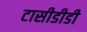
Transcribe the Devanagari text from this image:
टासीडीडी